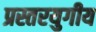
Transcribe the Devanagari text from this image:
प्रस्तरयुगीय